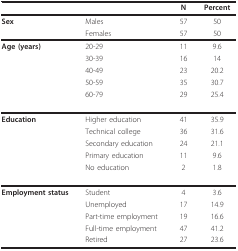
<table><thead><tr><td></td><td></td><td><b>N</b></td><td><b>Percent</b></td></tr></thead><tbody><tr><td><b>Sex</b></td><td>Males</td><td>57</td><td>50</td></tr><tr><td></td><td>Females</td><td>57</td><td>50</td></tr><tr><td><b>Age (years)</b></td><td>20-29</td><td>11</td><td>9.6</td></tr><tr><td></td><td>30-39</td><td>16</td><td>14</td></tr><tr><td></td><td>40-49</td><td>23</td><td>20.2</td></tr><tr><td></td><td>50-59</td><td>35</td><td>30.7</td></tr><tr><td></td><td>60-79</td><td>29</td><td>25.4</td></tr><tr><td><b>Education</b></td><td>Higher education</td><td>41</td><td>35.9</td></tr><tr><td></td><td>Technical college</td><td>36</td><td>31.6</td></tr><tr><td></td><td>Secondary education</td><td>24</td><td>21.1</td></tr><tr><td></td><td>Primary education</td><td>11</td><td>9.6</td></tr><tr><td></td><td>No education</td><td>2</td><td>1.8</td></tr><tr><td><b>Employment status</b></td><td>Student</td><td>4</td><td>3.6</td></tr><tr><td></td><td>Unemployed</td><td>17</td><td>14.9</td></tr><tr><td></td><td>Part-time employment</td><td>19</td><td>16.6</td></tr><tr><td></td><td>Full-time employment</td><td>47</td><td>41.2</td></tr><tr><td></td><td>Retired</td><td>27</td><td>23.6</td></tr></tbody></table>